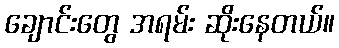
ချောင်းတွေ အရမ်း ဆိုးနေတယ်။